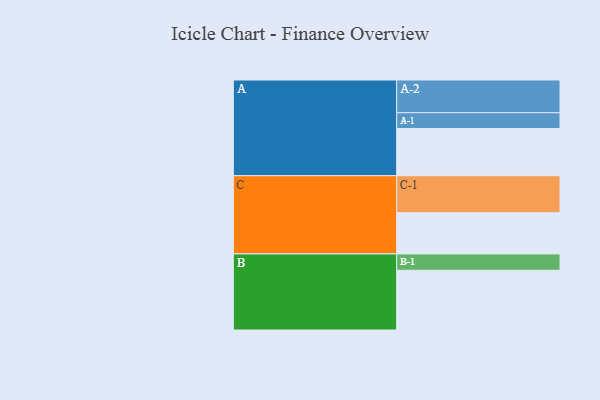
{"axis": {"x": "Segment", "y": "Value"}, "legend": ["", "A", "B", "C"], "data": [{"x": "A", "y": 372, "type": ""}, {"x": "B", "y": 471, "type": ""}, {"x": "C", "y": 325, "type": ""}, {"x": "A-1", "y": 125, "type": "A"}, {"x": "A-2", "y": 258, "type": "A"}, {"x": "B-1", "y": 129, "type": "B"}, {"x": "C-1", "y": 292, "type": "C"}]}